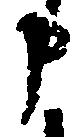
申